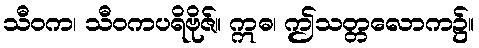
သီဝက၊ သီဝကပရိဗိုဇ်။ ဣဓ၊ ဤသတ္တလောက၌။